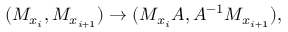
( M _ { x _ { i } } , M _ { x _ { i + 1 } } ) \rightarrow ( M _ { x _ { i } } A , A ^ { - 1 } M _ { x _ { i + 1 } } ) ,